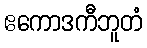
ဧကောဒကီဘူတံ